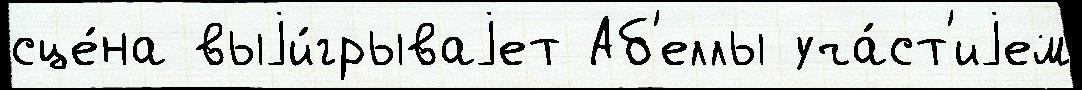
сце́на выjи́грываjет Аб'еллы уча́ст'иjем